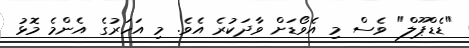
"ޑެޑްޕޫލް" ވެސް މި އެވޯޑަށް ވާދަކުރެ އެވެ. މި އަހަރުގެ އެންމެ މޮޅު